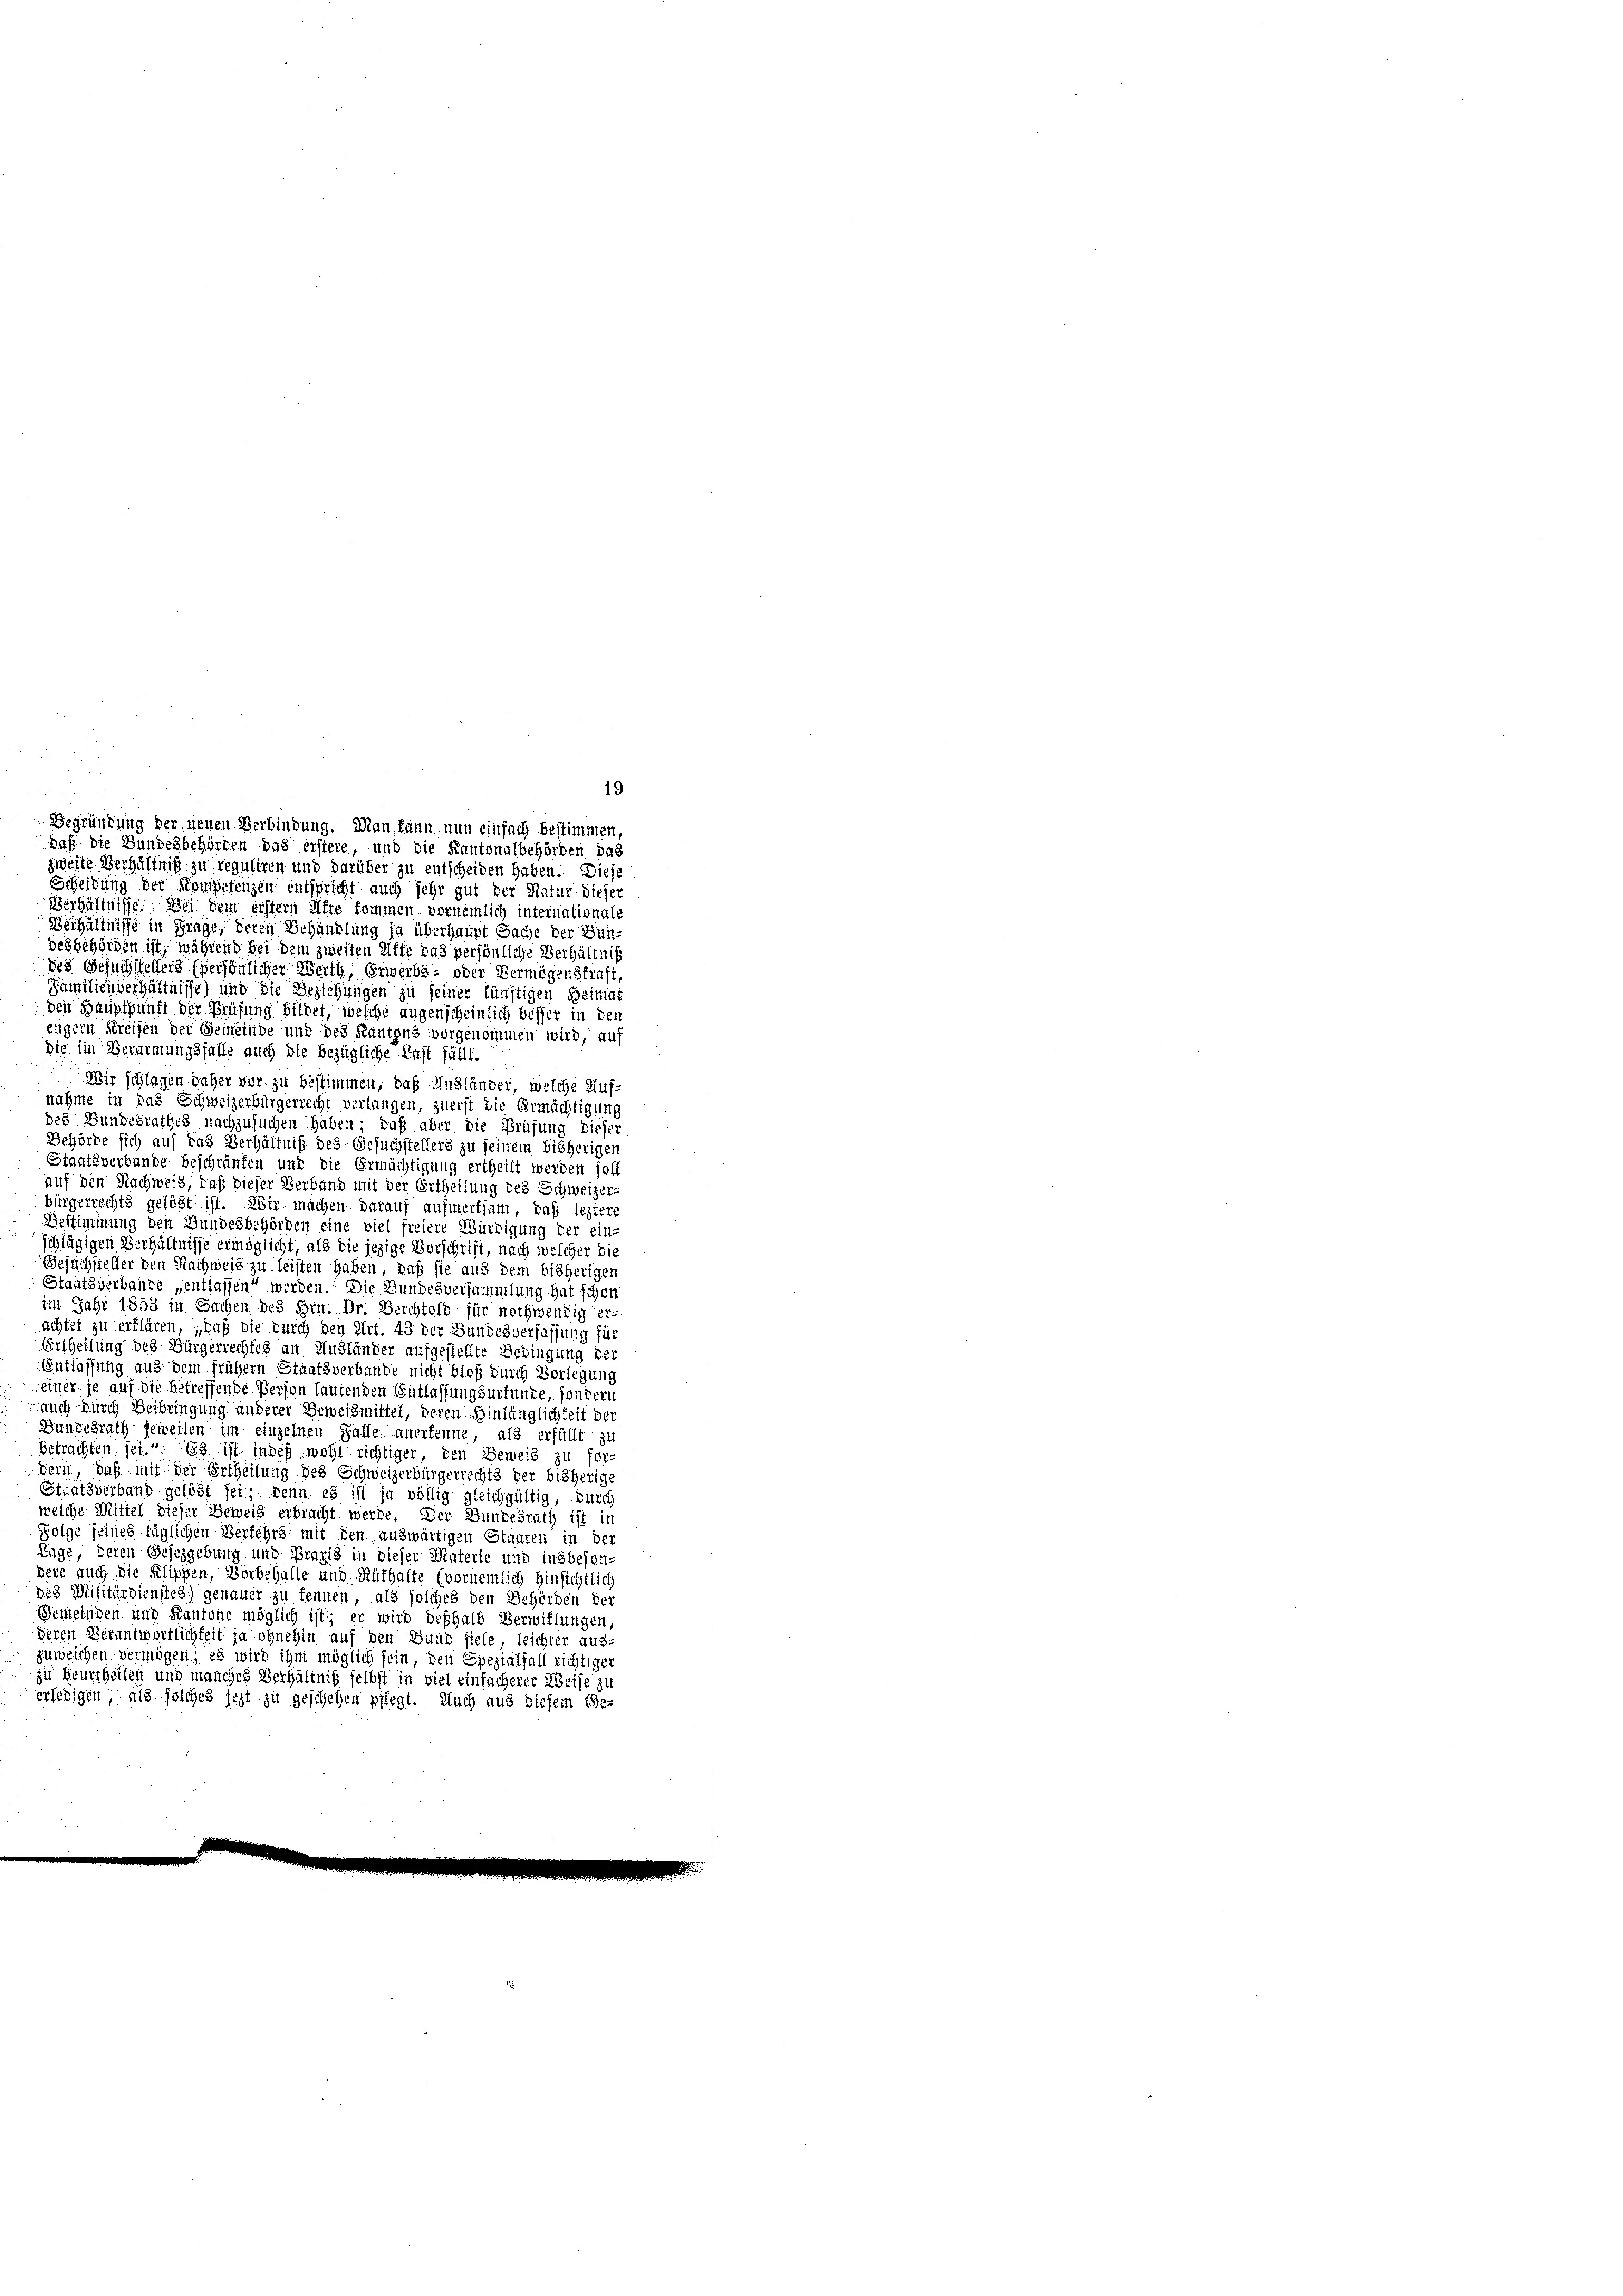
19

Begründung der neuen Verbindung. Man kann nun einfach bestimmen,
daß die Bundesbehörden das erstere, und die Kantonalbehörden das
zweite Verhältniß zu reguliren und darüber zu entscheiden haben. Diese
Scheidung der Kompetenzen entspricht auch sehr gut der Natur dieser
Verhältnisse. Bei dem erstern Affe kommen vornemlich internationale
Verhältnisse in Frage, deren Behandlung ja überhaupt Sache der Bundesbehörden ist, während bei dem zweiten Affe das persönliche Verhältniß
des Gesuchstellers spersönlicher Weith, Erwerbs- oder Vermögenstraft
Familienverhältnisse) und die Beziehungen zu seiner künftigen Heimat
den Hauptunft der Prüfung bildet, welche augenscheinlich besser in der
eigern Kreisen der Gemeinde und des Kantons vorgenommen wird, auf
die im Verarmungsfalle auch die bezügliche Last fällt.
Wir schlagen daher vor zu bestimmen, daß Ausländer, welche Auf-
nahme in das Schweizerbürgerrecht verlangen, zuerst die Ermächtigung
des Bundesrathes nachzusuchen haben; daß aber die Prüfung dieser
Behörde sich auf das Verhältniß des Gesuchstellers zu seinem bisherigen
Staatsverbande beschräufen und die Ermächtigung ertheilt werden soll
auf den Nachweiz, daß dieser Verband mit der Ertheilung des Schweizer-
bürgerrechts gelöst ist. Wir machen darauf aufmerksam, daß leztere
Bestimmung den Bundesbehörden eine viel freiere Würdigung der ein-
schlägigen Verhältnisse ermöglicht, als die jezige Vorschrift, nach welcher die
Besuchsteller den Nachweis zu leisten haben, daß sie aus dem bisherigen
Staatsverbaute entlassen werden. Die Bundesversammlung hat schon
im Jahr 1853 in Sachen des Hrn. Dr. Berchtold für nothwendig er-
achtet zu erklären, „daß die durch den Art. 43 der Bundesverfassung für
Ertheilung des Bürgerrechtes an Ausländer aufgestellte Bedingung der
Entlassung aus dem frühern Staatsverbande nicht bloß durch Vorlegung
einer je auf die betreffende Person lautenden Entlassung durfunde, sondern
auch durch Beibringung anderer Beweismittel, deren Hinlänglichkeit der
Bundesrath beweisen im einzelnen Falle anerkenne, als erfüllt zu
betrachten sei. Es ist indeß wohl richtiger, den Beweis zu fordern, daß mit der Ertheilung des Schweizerbürgerrechts der bisherige
Staatsverband gelöst sei; denn es ist ja völlig gleichgültig, durch
welche Mittel dieser Beweis erbracht werde. Der Bundesrath ist in
Folge seines täglichen Verfehls mit den auswärtigen Staaten in der
Lage, deren Gesezgebung und Praxis in dieser Materie und insbeson-
dere auch die Filippen, Vorbehalte und Rüthalte (vornemlich Hinsichtlich
des Militärdienstes) genauer zu kennen, als solches den Behörden der
Gemeinden und Kantone möglich ist; er wird deßhalb Verwiflungen,
Deren Verantwortlichkeit ja ohnehin auf den Bund fiele, leichter aus-
zuweichen vermögen; es wird ihm möglich sein, den Spezialfall richtiger
zu Beurtheilen und manches Verhältniß selbst in viel einfacherer Weise zu
erledigen, als solches jezt zu geschehen pflegt. Auch aus diesem Ge-